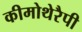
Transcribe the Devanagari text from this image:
कीमोथेरैपी